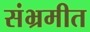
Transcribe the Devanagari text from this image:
संभ्रमीत